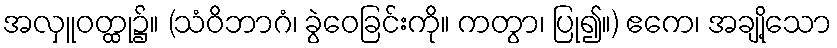
အလှူဝတ္ထု၌။ (သံဝိဘာဂံ၊ ခွဲဝေခြင်းကို။ ကတွာ၊ ပြု၍။) ဧကေ၊ အချို့သော